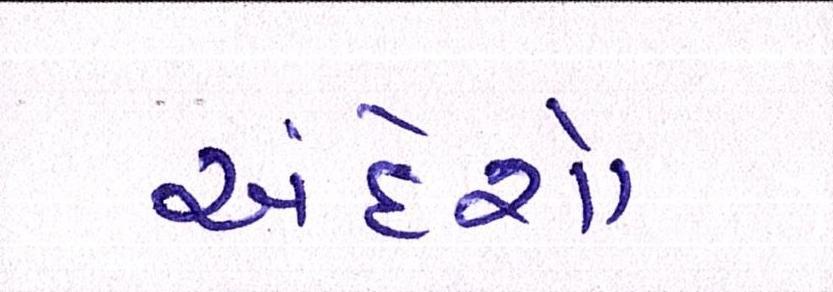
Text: અંદેશો